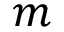
m